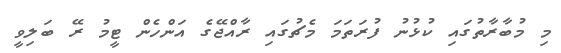
މި މުބާރާތުގައި ކުޅުނު ފުރަތަމަ މެޗުގައި ރާއްޖޭގެ އަންހެން ޓީމު ރޭ ބަލިވީ